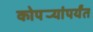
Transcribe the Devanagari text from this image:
कोपर्‍यांपर्यंत